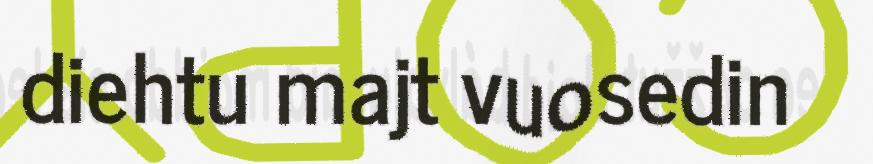
diehtu majt vuosedin